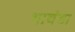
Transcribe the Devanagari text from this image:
भावंडा